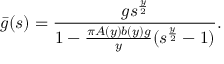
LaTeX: \bar { g } ( s ) = \frac { g s ^ { \frac { y } { 2 } } } { 1 - \frac { \pi A ( y ) b ( y ) g } { y } ( s ^ { \frac { y } { 2 } } - 1 ) } .